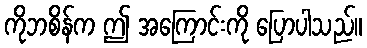
ကိုဘစိန်က ဤ အကြောင်းကို ပြောပါသည်။